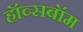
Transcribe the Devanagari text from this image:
हॉब्सबॉम